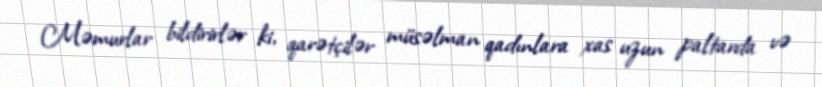
Məmurlar bildirirlər ki, qarətçilər müsəlman qadınlara xas uzun paltarda və